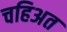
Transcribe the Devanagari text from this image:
चहिअत